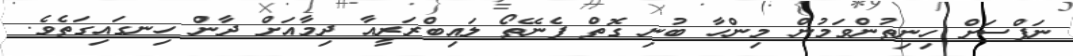
ނަފްސަށް ހިނިތުންވަމުން މިންހާ ބުނި ގޮތް ފެނޭތޯ ލައިބްރަރީއާ ދިމާއަށް ދާން ހިނގައިގަތެވެ.